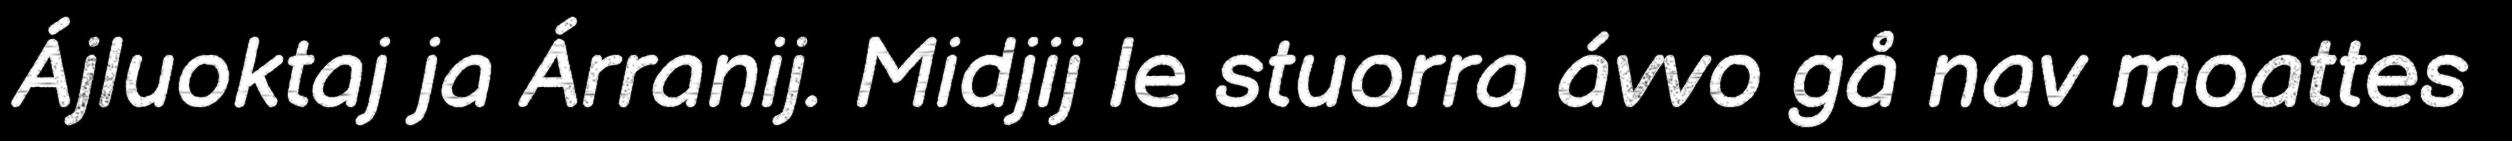
Ájluoktaj ja Árranij. Midjij le stuorra ávvo gå nav moattes